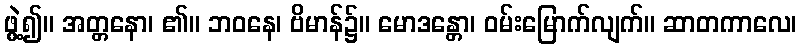
ဖွဲ့၍။ အတ္တနော၊ ၏။ ဘဝနေ၊ ဗိမာန်၌။ မောဒန္တော၊ ဝမ်းမြောက်လျက်။ ဆာတကာလေ၊